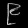
Digit: ၉